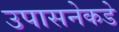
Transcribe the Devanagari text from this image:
उपासनेकडे